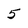
Character: 5